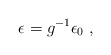
\begin{align*}\epsilon =g^{-1}\epsilon _{0}\;, \end{align*}